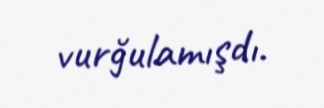
vurğulamışdı.